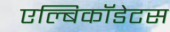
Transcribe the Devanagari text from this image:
एल्बिकॉडेटस